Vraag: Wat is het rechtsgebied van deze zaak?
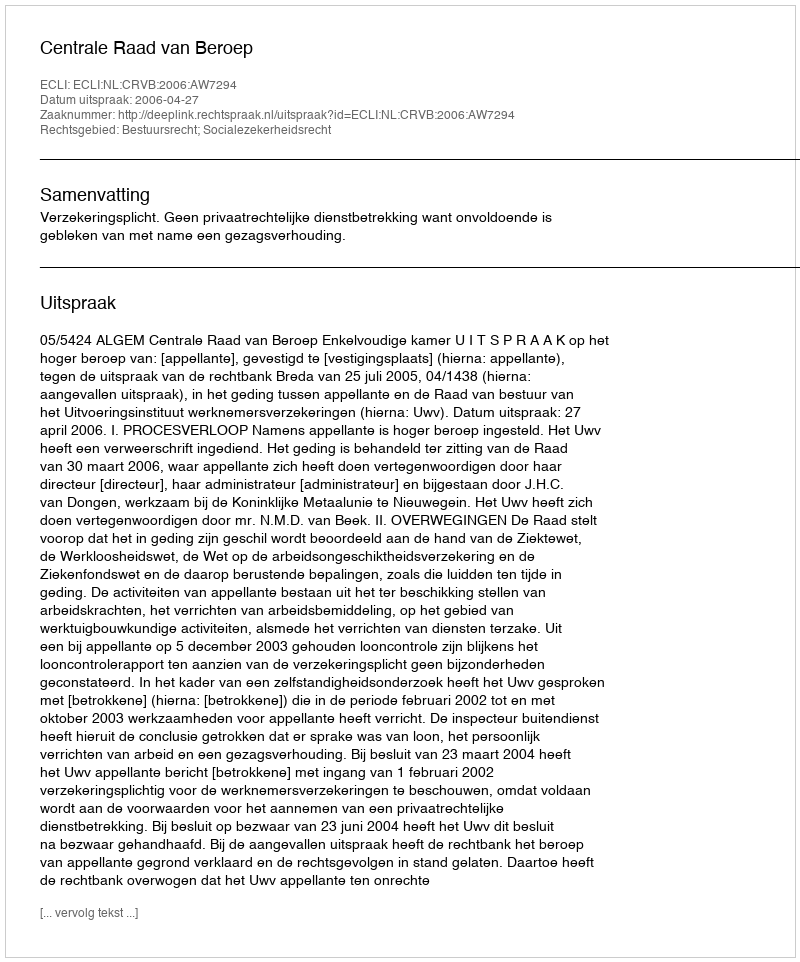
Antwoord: Bestuursrecht; Socialezekerheidsrecht